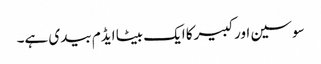
سوسین اورکبیرکا ایک بیٹا ایڈم بیدی ہے۔